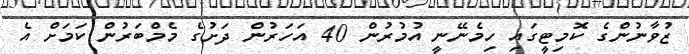
ޒުވާނުންގެ ކޮމިޓީގައި ހިމެނޭނީ އުމުރުން 40 އަހަރުން ދަށުގެ މެމްބަރުން ކަމަށް އެ